Annual statistical returns and brief notes on vaccination in Bengal - 1909-1929
Year: 1909
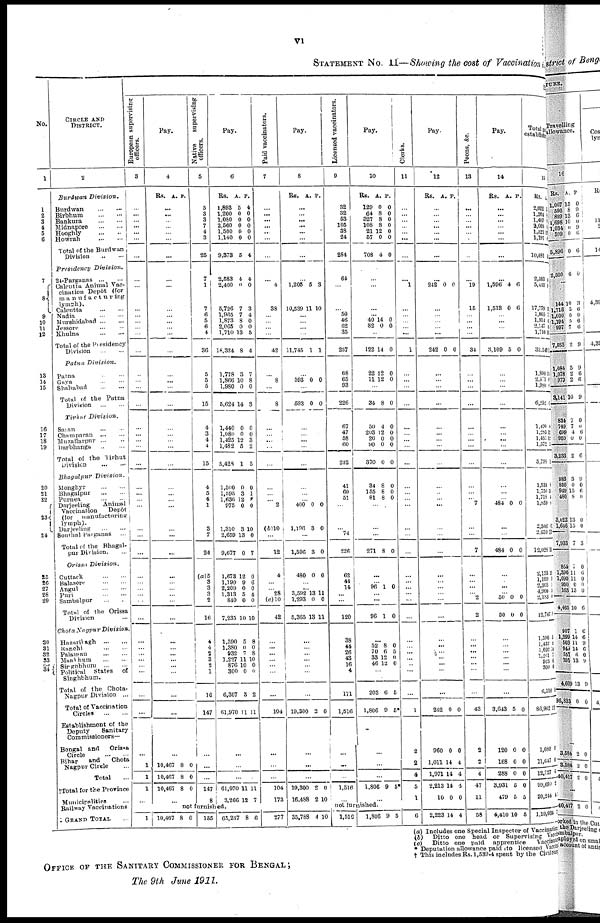
vi
STATEMENT NO. II—Showing the cost of Vaccination
No.
1
1
2
3
4
5
6
7
8
9
10
11
12
13
14
15
16
17
18
19
20
21
22
23
24
25
26
27
28
29
30
31
32
13
34
CIRCLE AND
DISTRICT.
2
Burdwan
Division.
Burdwan...
...
Birbhum...
...
Bankura...
...
Midnapore
...
...
Hooghly...
...
Howrah...
...
Total of the Burdwan
Division
...
...
Presidency
Division.
24-Parganas...
...
Calcutta Animal vac-
cination Depôt (for
manufacturing
lymph).
Calcutta...
...
Nadia...
...
Murshidabad...
...
Jessore... ...
Khulna...
...
Total of the Presidency
Division...
Patna
Division.
Patna... ...
Gaya... ...
Shahabad... ...
Total of the Putna
Division
...
...
Tirhut
Division.
Saran... ...
Champaran...
...
Muzaffarpur... ...
Darbhanga...
...
Total of the Tirhut
Division...
...
Bhagalpur
Division.
Monghyr...
...
Bhagalpur
...
...
Purnea...
...
Darjeeling
Animal
Vaccination
Depôt
(for
manufacturing
lymph).
Darjeeling... ...
Sonthal Paiganas...
Total of the Bhagal-
pur Division. ...
Orissa
Division.
Cuttack...
...
Balason...
...
Angul...
...
Puri...
...
Sambalpur... ...
Total of the Orissa
Division...
Chota Nagpur
Division.
Hazaribagh...
...
Ranchi... ...
Palamau...
...
Manbhum...
...
Singbhum...
...
Political States of
Singhbhum.
Total of the Chota-
Nagpur
Division...
Total of Vaccination
Circles...
...
Establishment of the
Deputy
Sanitary
Commissioners-
Bengal and Orissa
Circle
Bihar
and
Chota
Nagpur Circle...
Total...
Total for the Province
Municipalities
Railway Vaccinations
GRAND TOTAL...
European supervision
officers.
3
...
...
...
...
...
...
...
...
...
...
...
...
...
...
...
...
...
...
...
...
...
...
...
...
...
...
...
...
...
...
...
...
...
...
...
...
...
...
...
...
...
...
...
...
...
...
...
1
1
1
...
...
1
Pay.
4
Rs. A. P.
...
...
...
...
...
...
...
...
...
...
...
...
...
...
...
...
...
...
...
...
...
...
...
...
...
...
...
...
...
...
...
...
...
...
...
...
...
...
...
...
... ...
...
...
...
...
...
10,467
10,467
10,467
8
8
8
0
0
0
...
Native
supervising
officers.
5
5
3
3
7
4
3
25
7
1
7
6
5
6
4
36
5
5
5
15
...
4
3
4
4
15
4
5
4
1
3
7
24
(a)5
3
3
3
2
16
4
4
2
3
2
1
16
147
...
...
...
147
8
Pay.
6
Rs.
1,893
1,200
1,080
2,560
1,500
1,140
9,373
A.
5
0
0
0
0
0
5
P.
4
0
0
0
0
0
4
2,583
2,400
5,726
1,965
1,873
2,065
1,710
18,324
4
0
7
7
8
0
13
8
4
0
3
4
0
0
5
4
1,778
1,866
1,980
5,624
3
10
0
14
7
8
0
3
...
1,440
1,080
1,425
1,482
5,428
0
0
12
5
1
0
0
3
2
5
1,500
1,595
1,636
975
1,310
2,659
9,677
0
3
12
0
3
13
0
0
1
8
0
10
0
7
1,673
1,199
2,209
1,313
840
7,235
12
9
0
5
0
10
0
6
0
4
0
10
1,590
1,380
932
1,227
876
300
6,307
61,970
5
0
7
11
10
0
3
11
8
0 8
10
0
0
2
11
...
...
...
61,970
3,266
11
12
11
7
not furnished.
10,487 8 0
155 65,237 8 6
Paid vaccinators.
7
...
...
...
...
...
...
...
...
4
38
...
...
...
...
42
...
8
...
8
...
...
...
...
...
...
...
...
...
2
(b)10
...
12
4
...
... 28
(c)10
42
...
... ...
...
...
...
...
104
...
...
...
104
173
277
Pay.
8
Rs. A. P.
...
...
...
... ...
...
...
...
1,205
10,539
5
11
3
0
...
...
...
...
11,745 1 1
...
593 0 0
...
593 0 0
...
...
...
...
...
...
...
...
...
400
1,196
0
3
0
0
...
1,596 3 0
480 0 0
... ...
3,592
1,293
5,365
13
0
13
11
0
11
...
...
...
...
...
...
...
19,300 2 0
...
...
...
19,300
16,488
2
2
0
10
35,788 4 10
Licensed vaccinators.
9
32
32
53
105
38
24
284
64
...
...
50
46
62
35
257
68
65
93
226
...
67
47
58
60
232
41
60
51
...
... 74
226
62
44
14
...
...
120
38
44
26
43
16
4
171
1,516
...
...
...
! 1,516
...
Pay.
10
Rs.
129
64
327
108
21
57
708
A
0
8
8
8
12
0
4
P.
0
0
0
0
0
0
0
...
...
...
...
40
82
14
0
0
0
...
122 14 0
22
11
12
12
0
0
...
34 8 0
...
50
203
26
90
370
4
12
0
0
0
0
0
0
0
0
34
155
81
8
8
8
0
0
0
...
...
...
271 8 0
...
... 96 1 0
... ...
96 1 0
...
52
70
33
46
8
6
12
12
0 5
0
0
...
203
1,806
6
9
5
5*
...
...
...
1,806 9 5*
...
not furnisned.
1,516
1,806 9 5
Clerks.
11
...
...
...
..
...
...
...
...
1
...
...
...
...
...
1
...
...
...
...
...
...
...
...
...
...
...
...
...
...
...
...
...
...
...
...
......
...
...
...
...
...
...
..
...
...
1
2
...
...
...
6
Pay.
12
Rs. A. P.
...
...
...
...
...
...
...
...
242 0 0
...
...
...
...
...
242 0 0
...
...
...
...
...
...
...
...
...
...
...
...
...
...
...
...
...
...
...
...
...
...
...
...
...
...
... ...
...
...
242
960
1,011
1,971
2,213
10
0
0
14
14
14
0
0
0
4
4
4
0
2,223 14 4
Peons, &c.
13
...
...
...
...
...
...
...
...
19
15
...
...
...
...
34
...
...
...
...
...
...
...
...
...
...
...
...
... 7
...
...
7
...
...
...
...
...
2
...
...
...
...
...
...
...
43
2
2
4
47
11
58
Pay.
14
Rs. A. P.
...
...
...
...
...
...
...
...
1,596
1,513
4
0
6
6
...
...
...
...
3,109 5 0
...
...
...
...
...
...
...
...
...
...
...
...
... 484 0 0
...
...
484 0 0
...
... ...
... 50
50
0
0
0
0
...
...
...
... ...
...
...
3,643
120
168
288
3,931
479
5
0
0
0
5
5
0
0
0
0
0
5
4,410 10 5
Total
establish
15
Rs.
2,022
1,264
1,407
2,668
...
1,191
10,081
2,583
5,443
17,779
...
1,913
2,147
1,710
33,543
1,800
2,41
1,980
6,252
...
1,490
l,283
1,451
1,572
5,798
1,531
1,750
1,718
1,859
2,506
2,659
12,028
2,153
1,199
2,305
4,906
2,183
12,747
1,590
... 1,002
1,261
923
300
6,510
36,962
1,080
11,647
12,727
99,690
20,244
1,19,934
P.
11
6
6
*
4
(a) Includes one Special Inspector of Vaccination
(b)
Ditto one head or Supervising Vacci
(c)
Ditto one paid apprentice Vaccinated
* Deputation allowance paid to licensed Vaccin
† This includes Rs. 1,539-4 spent by the Civil Sur
OFFICE OF THE SANITARY COMMISSIONER FOR BENGAL;
The 9th June 1911.